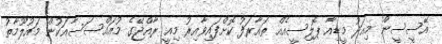
އޭސީސީން މިއަދު މީޑިއާ ޕޮލިސީއެއް ތައާރަފު ކޮށްފައިވާއިރު މިއީ ރާއްޖޭގެ މުއައްސަސާއަކުން މައުލޫމާތު